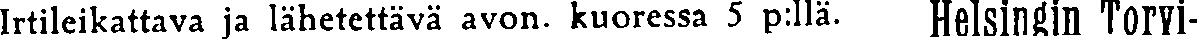
Irtileikattava ja lähetettävä avon. kuoressa 5 p:llä. Helsingin Torvi-